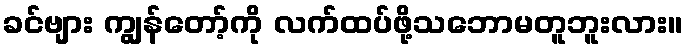
ခင်ဗျား ကျွန်တော့်ကို လက်ထပ်ဖို့သဘောမတူဘူးလား။